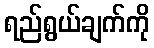
ရည်ရွယ်ချက်ကို